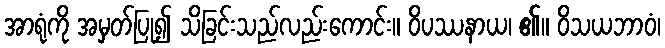
အာရုံကို အမှတ်ပြု၍ သိခြင်းသည်လည်းကောင်း။ ဝိပဿနာယ၊ ၏။ ဝိသယဘာဝံ၊